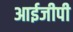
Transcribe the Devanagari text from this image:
आईजीपी